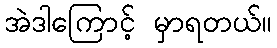
အဲဒါကြောင့် မှာရတယ်။